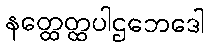
နတ္ထေတ္ထပါဌဘေဒေါ